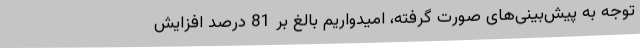
توجه به پیش‌بینی‌های صورت گرفته، امیدواریم بالغ بر 81 درصد افزایش